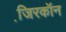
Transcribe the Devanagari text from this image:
जि़रकॉन